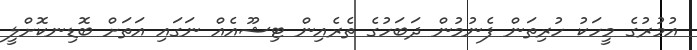
އުމުރުގެ މީހަކު ހުރިތަން ފެނުމުން ދަބަހުގެ ތެެރެއިން ޓިޝޫއެއް ނަގައި އަތަށް ބޮޑިނކޮށްލީ